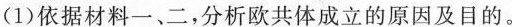
(1)依据材料一、二，分析欧共体成立的原因及目的。